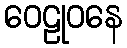
ဝေဠုဝနေ